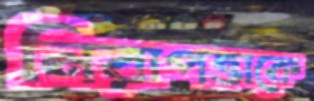
নিরাপত্তাকে